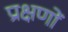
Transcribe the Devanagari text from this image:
प्रक्षणों